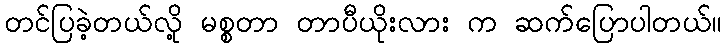
တင်ပြခဲ့တယ်လို့ မစ္စတာ တာပီယိုးလား က ဆက်ပြောပါတယ်။